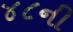
૪૮ની